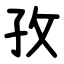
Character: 孜